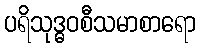
ပရိသုဒ္ဓဝစီသမာစာရော